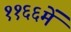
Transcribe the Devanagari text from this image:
११६६में